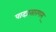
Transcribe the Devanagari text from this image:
पादप्रसारणम्